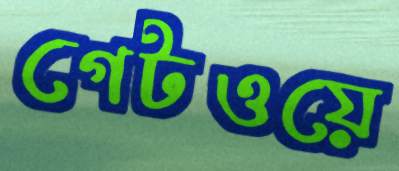
গেটওয়ে